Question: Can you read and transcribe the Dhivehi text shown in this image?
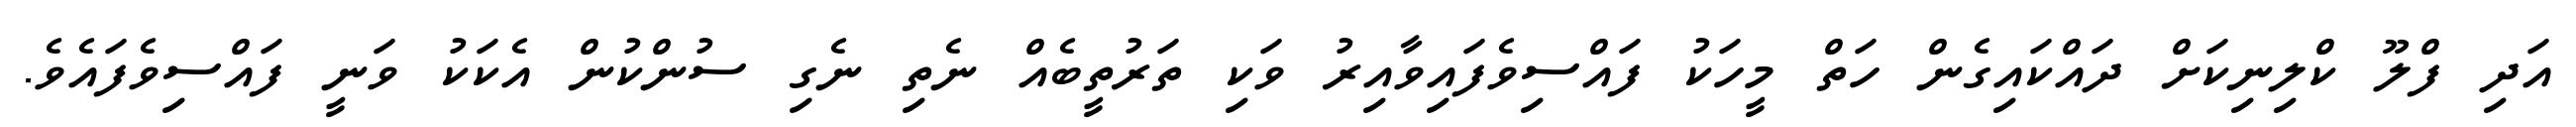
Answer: އަދި ފްލޫ ކްލިނިކަށް ދައްކައިގެން ހަތް މީހަކު ފައްސިވެފައިވާއިރު ވަކި ތަރުތީބެއް ނެތި ނެގި ސުންކުން އެކަކު ވަނީ ފައްސިވެފައެވެ.